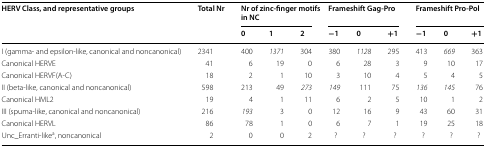
<table><thead><tr><td rowspan="2"><b>HERV Class, and representative groups</b></td><td rowspan="2"><b>Total Nr</b></td><td colspan="3"><b>Nr of zinc-finger motifs in NC</b></td><td colspan="3"><b>Frameshift Gag-Pro</b></td><td colspan="3"><b>Frameshift Pro-Pol</b></td></tr><tr><td><b>0</b></td><td><b>1</b></td><td><b>2</b></td><td><b>−1</b></td><td><b>0</b></td><td><b>+1</b></td><td><b>−1</b></td><td><b>0</b></td><td><b>+1</b></td></tr></thead><tbody><tr><td>I (gamma- and epsilon-like, canonical and noncanonical)</td><td>2341</td><td>400</td><td><i>1371</i></td><td>304</td><td>380</td><td><i>1128</i></td><td>295</td><td>413</td><td><i>669</i></td><td>363</td></tr><tr><td>Canonical HERVE</td><td>41</td><td>6</td><td>19</td><td>0</td><td>6</td><td>28</td><td>3</td><td>9</td><td>10</td><td>17</td></tr><tr><td>Canonical HERVF(A-C)</td><td>18</td><td>2</td><td>1</td><td>10</td><td>3</td><td>10</td><td>4</td><td>5</td><td>4</td><td>5</td></tr><tr><td>II (beta-like, canonical and noncanonical)</td><td>598</td><td>213</td><td>49</td><td><i>273</i></td><td><i>149</i></td><td>111</td><td>75</td><td><i>136</i></td><td><i>145</i></td><td>76</td></tr><tr><td>Canonical HML2</td><td>19</td><td>4</td><td>1</td><td>11</td><td>6</td><td>2</td><td>5</td><td>10</td><td>1</td><td>2</td></tr><tr><td>III (spuma-like, canonical and noncanonical)</td><td>216</td><td><i>193</i></td><td>3</td><td>0</td><td>12</td><td>16</td><td>9</td><td>43</td><td>60</td><td>31</td></tr><tr><td>Canonical HERVL</td><td>86</td><td>78</td><td>1</td><td>0</td><td>6</td><td>7</td><td>1</td><td>19</td><td>25</td><td>18</td></tr><tr><td>Unc_Erranti-like<sup>a</sup>, noncanonical</td><td>2</td><td>0</td><td>0</td><td>2</td><td>?</td><td>?</td><td>?</td><td>?</td><td>?</td><td>?</td></tr></tbody></table>